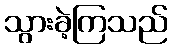
သွားခဲ့ကြသည်